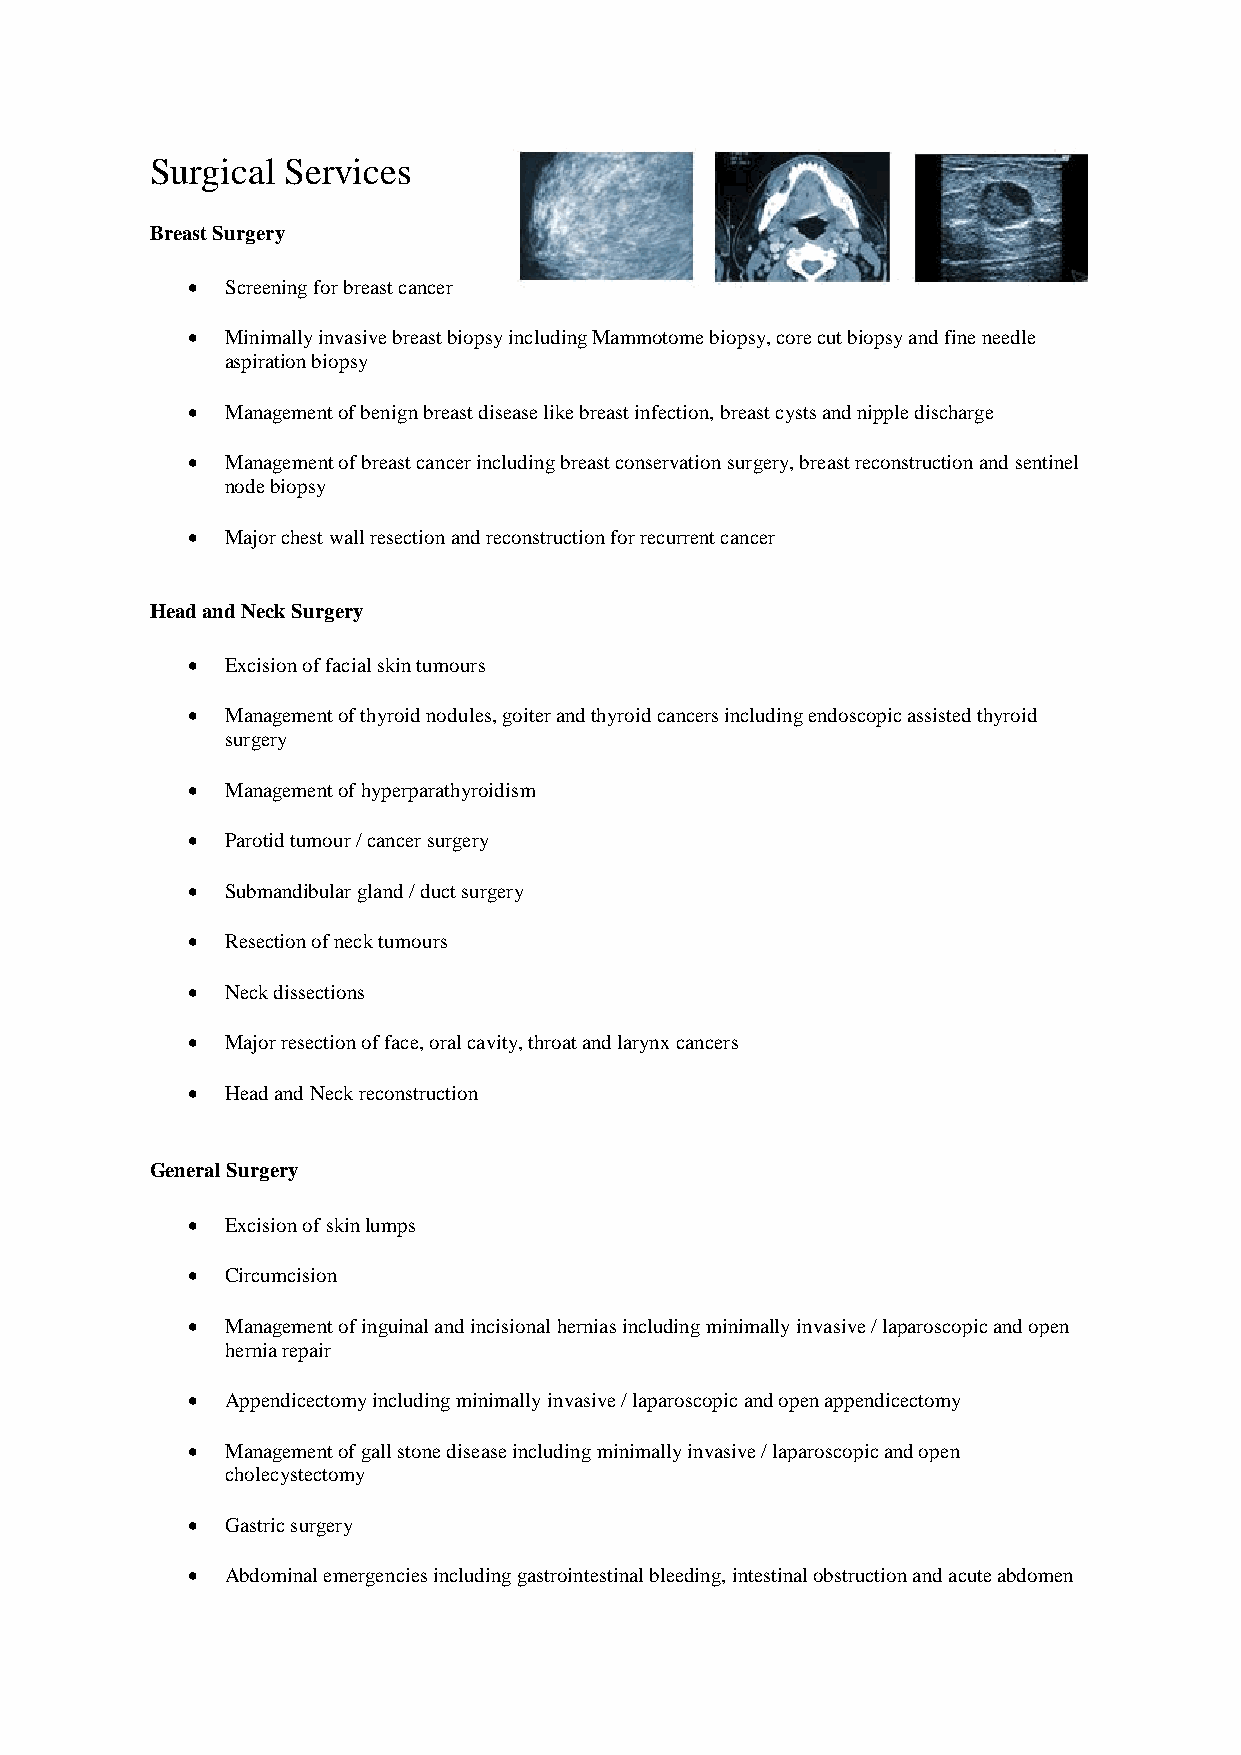
Surgical Services
 Breast Surgery
 •  Screening for breast cancer
 •  Minimally invasive breast biopsy including Mammotome biopsy, core cut biopsy and fine needle
 aspiration biopsy
 •  Management of benign breast disease like breast infection, breast cysts and nipple discharge
 •  Management of breast cancer including breast conservation surgery, breast reconstruction and sentinel
 node biopsy
 •  Major chest wall resection and reconstruction for recurrent cancer
 Head and Neck Surgery
 •  Excision of facial skin tumours
 •  Management of thyroid nodules, goiter and thyroid cancers including endoscopic assisted thyroid
 surgery
 •  Management of hyperparathyroidism
 •  Parotid tumour / cancer surgery
 •  Submandibular gland / duct surgery
 •  Resection of neck tumours
 •  Neck dissections
 •  Major resection of face, oral cavity, throat and larynx cancers
 •  Head and Neck reconstruction
 General Surgery
 •  Excision of skin lumps
 •  Circumcision
 •  Management of inguinal and incisional hernias including minimally invasive / laparoscopic and open
 hernia repair
 •  Appendicectomy including minimally invasive / laparoscopic and open appendicectomy
 •  Management of gall stone disease including minimally invasive / laparoscopic and open
 cholecystectomy
 •  Gastric surgery
 •  Abdominal emergencies including gastrointestinal bleeding, intestinal obstruction and acute abdomen